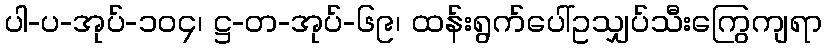
ပါ-ပ-အုပ်-၁၀၄၊ ဋ္ဌ-တ-အုပ်-၆၉၊ ထန်းရွက်ပေါ်ဥသျှပ်သီးကြွေကျရာ